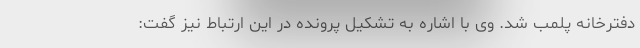
دفترخانه پلمب شد. وی با اشاره به تشکیل پرونده در این ارتباط نیز گفت: